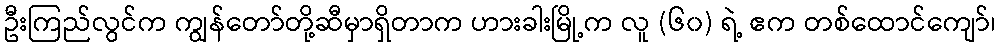
ဦးကြည်လွင်က ကျွန်တော်တို့ဆီမှာရှိတာက ဟားခါးမြို့က လူ (၆၀) ရဲ့ ဧက တစ်ထောင်ကျော်၊